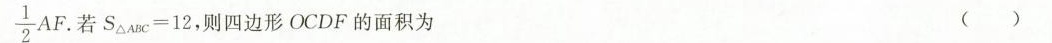
\frac { 1 } { 2 } A F$$ 若$$S _ { △ A B C } = 1 2 $$，则四边形OCDF的面积为 ( )